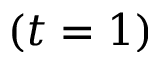
( t = 1 )